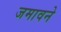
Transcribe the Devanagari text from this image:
जमावने